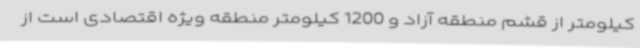
کیلومتر از قشم منطقه آزاد و 1200 کیلومتر منطقه ویژه اقتصادی است از